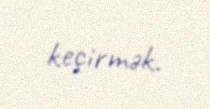
keçirmək.